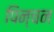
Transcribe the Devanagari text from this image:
पिन्चन